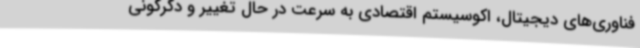
فناوری‌های دیجیتال، اکوسیستم اقتصادی به سرعت در حال تغییر و دگرگونی